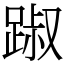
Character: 踧